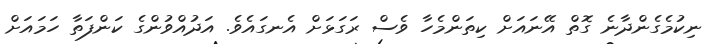
ނިކުމެގެންދާނެ ގޮތް އޭނައަށް ކިތަންމެހާ ވެސް ރަގަޅަށް އެނގައެވެ. އަދުއްވުންގެ ކަންފަތާ ހަމައަށް